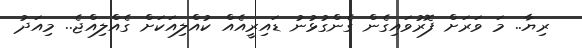
ރިޔާ.. މަ ވަރަށް ފޮރުވައިގެން ގެންގުޅުނު ޑައިރީއެއް ކުއްލިއަކަށް ގެއްލިއްޖެ.. މިއަދު